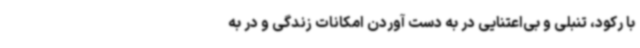
با رکود، تنبلی و بی‌اعتنایی در به دست آوردن امکانات زندگی و در به